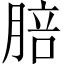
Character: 䏽